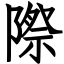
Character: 際